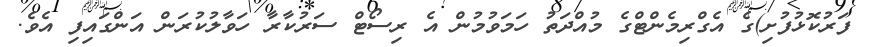
ފަރުކޮޅުފުށި)ގެ އެގްރިމެންޓްގެ މުއްދަތު ހަމަވުމުން އެ ރިސޯޓް ސަރުކާރާ ހަވާލުކުރަން އަންގައިފި އެވެ.